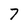
Character: 7